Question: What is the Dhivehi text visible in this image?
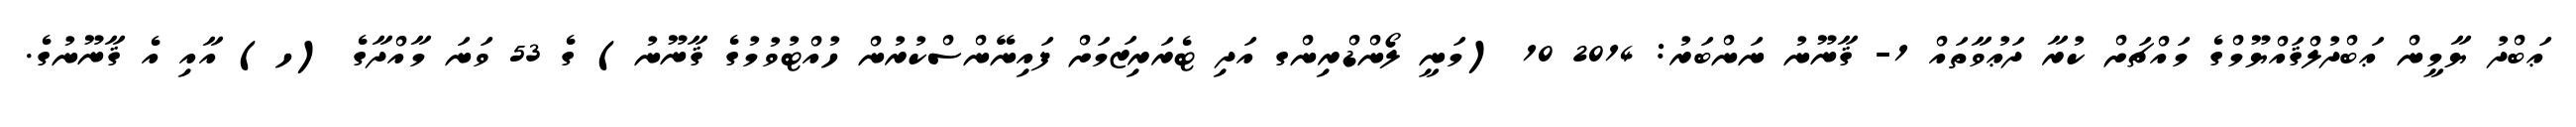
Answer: ޢަބްދު ޔާމީން ޢަބްދުލްޤައްޔޫމްގެ މައްޗަށް ކުރާ ދަޢުވާތައް 1- ޤާނޫނު ނަންބަރު: 2014 10 (މަނީ ލޯންޑްރިންގ އަދި ޓެރަރިޒަމަށް ފައިނޭންސްކުރުން ހުއްޓުވުމުގެ ޤާނޫނު) ގެ 53 ވަނަ މާއްދާގެ (ހ) އާއި އެ ޤާނޫނުގެ.